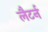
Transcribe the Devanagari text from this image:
लैटर्न